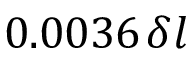
0 . 0 0 3 6 \! \; \! \, \delta l